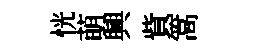
恍萌興貲篙